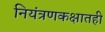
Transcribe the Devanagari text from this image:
नियंत्रणकक्षातही